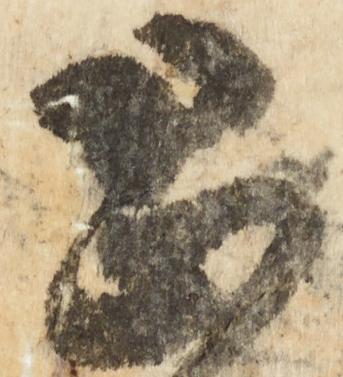
恐